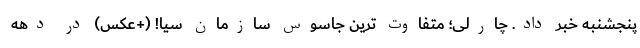
پنجشنبه خبر داد. چارلی؛ متفاوت ترین جاسوس سازمان سیا! (+عکس) در دهه